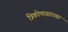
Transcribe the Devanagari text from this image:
त्रिकोणासारखा